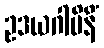
ဥဒယဂါမိနိံ